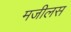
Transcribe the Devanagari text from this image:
मजीलस